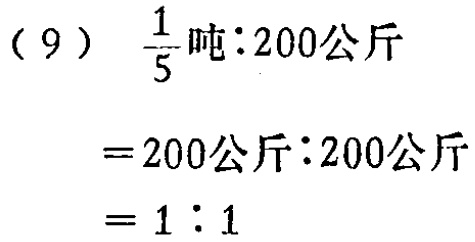
\[(9)\quad\frac{1}{5}\text{吨}:200\text{公斤}\\

=200\text{公斤}:200\text{公斤}\\

=1:1\]